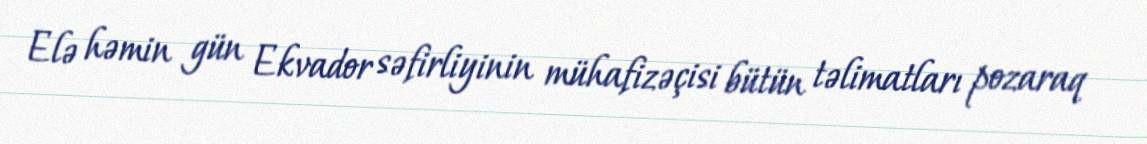
Elə həmin gün Ekvador səfirliyinin mühafizəçisi bütün təlimatları pozaraq